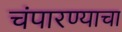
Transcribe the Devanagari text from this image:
चंपारण्याचा